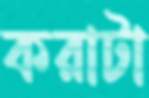
করাটা